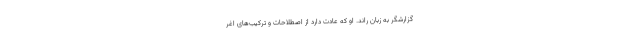
گزارشگر به زبان راند. او که عادت دارد از اصطلاحات و ترکیب‌های اغر